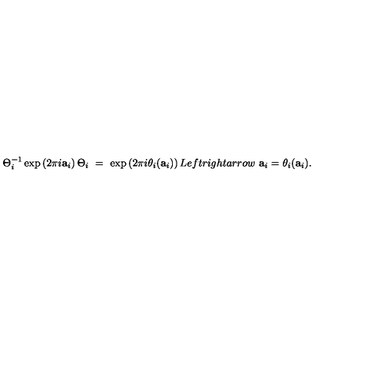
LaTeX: \Theta _ { i } ^ { - 1 } \exp \left( 2 \pi i \mathbf { a } _ { i } \right) \Theta _ { i } \ = \ \exp \left( 2 \pi i \theta _ { i } ( \mathbf { a } _ { i } ) \right) L e f t r i g h t a r r o w \ \mathbf { a } _ { i } = \theta _ { i } ( \mathbf { a } _ { i } ) .